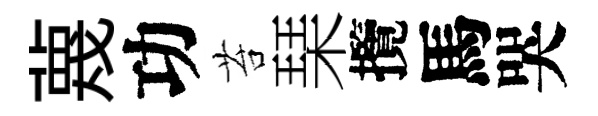
蔑功苔琹攬馬哭